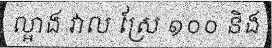
ល្អាង វាល ស្រែ ១០០ និង